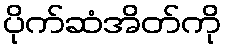
ပိုက်ဆံအိတ်ကို